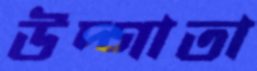
উদ্গাতা